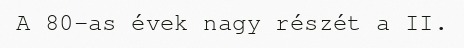
A 80-as évek nagy részét a II.